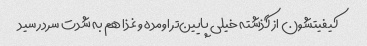
کیفیتشون از گذشته خیلی پایین‌تر اومده و غذا هم به شدت سرد رسید